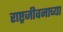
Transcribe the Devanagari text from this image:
राष्ट्रजीवनाच्या